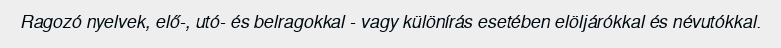
Ragozó nyelvek, elő-, utó- és belragokkal - vagy különírás esetében elöljárókkal és névutókkal.